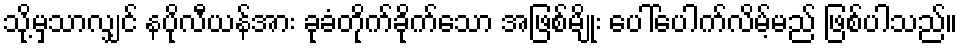
သို့မှသာလျှင် နပိုလီယန်အား ခုခံတိုက်ခိုက်သော အဖြစ်မျိုး ပေါ်ပေါက်လိမ့်မည် ဖြစ်ပါသည်။